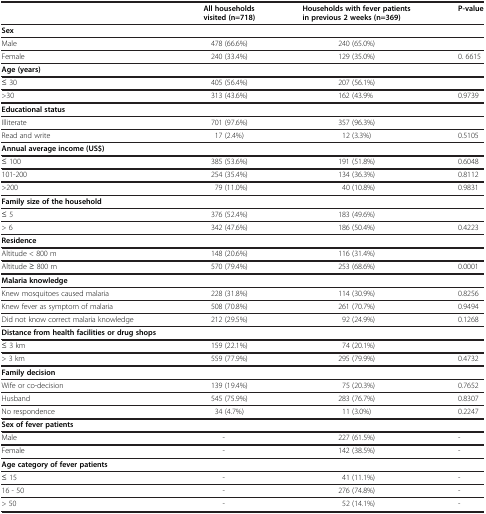
<table><thead><tr><td><b> </b></td><td><b>All households visited (n=718)</b></td><td><b>Households with fever patients in previous 2 weeks (n=369)</b></td><td><b>P-value</b></td></tr></thead><tbody><tr><td><b>Sex</b></td><td> </td><td> </td><td> </td></tr><tr><td>Male</td><td>478 (66.6%)</td><td>240 (65.0%)</td><td> </td></tr><tr><td>Female</td><td>240 (33.4%)</td><td>129 (35.0%)</td><td>0. 6615</td></tr><tr><td><b>Age (years)</b></td><td> </td><td> </td><td> </td></tr><tr><td>≤ 30</td><td>405 (56.4%)</td><td>207 (56.1%)</td><td> </td></tr><tr><td>&gt;30</td><td>313 (43.6%)</td><td>162 (43.9%</td><td>0.9739</td></tr><tr><td><b>Educational status</b></td><td> </td><td> </td><td> </td></tr><tr><td>Illiterate</td><td>701 (97.6%)</td><td>357 (96.3%)</td><td> </td></tr><tr><td>Read and write</td><td>17 (2.4%)</td><td>12 (3.3%)</td><td>0.5105</td></tr><tr><td><b>Annual average income (US$)</b></td><td> </td><td> </td><td> </td></tr><tr><td>≤ 100</td><td>385 (53.6%)</td><td>191 (51.8%)</td><td>0.6048</td></tr><tr><td>101-200</td><td>254 (35.4%)</td><td>134 (36.3%)</td><td>0.8112</td></tr><tr><td>&gt;200</td><td>79 (11.0%)</td><td>40 (10.8%)</td><td>0.9831</td></tr><tr><td><b>Family size of the household</b></td><td> </td><td> </td><td> </td></tr><tr><td>≤ 5</td><td>376 (52.4%)</td><td>183 (49.6%)</td><td> </td></tr><tr><td>&gt; 6</td><td>342 (47.6%)</td><td>186 (50.4%)</td><td>0.4223</td></tr><tr><td><b>Residence</b></td><td> </td><td> </td><td> </td></tr><tr><td>Altitude &lt; 800 m</td><td>148 (20.6%)</td><td>116 (31.4%)</td><td> </td></tr><tr><td>Altitude ≥ 800 m</td><td>570 (79.4%)</td><td>253 (68.6%)</td><td>0.0001</td></tr><tr><td><b>Malaria knowledge</b></td><td> </td><td> </td><td> </td></tr><tr><td>Knew mosquitoes caused malaria</td><td>228 (31.8%)</td><td>114 (30.9%)</td><td>0.8256</td></tr><tr><td>Knew fever as symptom of malaria</td><td>508 (70.8%)</td><td>261 (70.7%)</td><td>0.9494</td></tr><tr><td>Did not know correct malaria knowledge</td><td>212 (29.5%)</td><td>92 (24.9%)</td><td>0.1268</td></tr><tr><td><b>Distance from health facilities or drug shops</b></td><td> </td><td> </td><td> </td></tr><tr><td>≤ 3 km</td><td>159 (22.1%)</td><td>74 (20.1%)</td><td> </td></tr><tr><td>&gt; 3 km</td><td>559 (77.9%)</td><td>295 (79.9%)</td><td>0.4732</td></tr><tr><td><b>Family decision</b></td><td> </td><td> </td><td> </td></tr><tr><td>Wife or co-decision</td><td>139 (19.4%)</td><td>75 (20.3%)</td><td>0.7652</td></tr><tr><td>Husband</td><td>545 (75.9%)</td><td>283 (76.7%)</td><td>0.8307</td></tr><tr><td>No respondence</td><td>34 (4.7%)</td><td>11 (3.0%)</td><td>0.2247</td></tr><tr><td><b>Sex of fever patients</b></td><td> </td><td> </td><td> </td></tr><tr><td>Male</td><td>-</td><td>227 (61.5%)</td><td>-</td></tr><tr><td>Female</td><td>-</td><td>142 (38.5%)</td><td>-</td></tr><tr><td><b>Age category of fever patients</b></td><td> </td><td> </td><td> </td></tr><tr><td>≤ 15</td><td>-</td><td>41 (11.1%)</td><td>-</td></tr><tr><td>16 - 50</td><td>-</td><td>276 (74.8%)</td><td>-</td></tr><tr><td>&gt; 50</td><td>-</td><td>52 (14.1%)</td><td>-</td></tr></tbody></table>